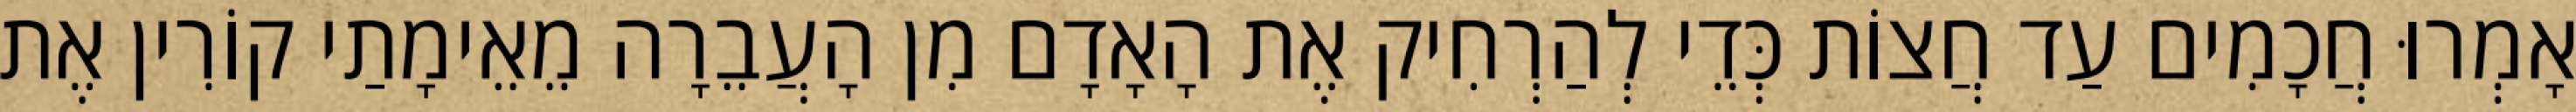
אָמְרוּ חֲכָמִים עַד חֲצוֹת כְּדֵי לְהַרְחִיק אֶת הָאָדָם מִן הָעֲבֵרָה מֵאֵימָתַי קוֹרִין אֶת